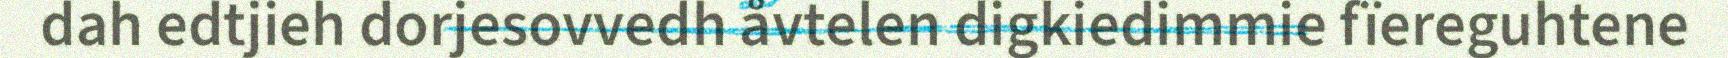
dah edtjieh dorjesovvedh åvtelen digkiedimmie fïereguhtene